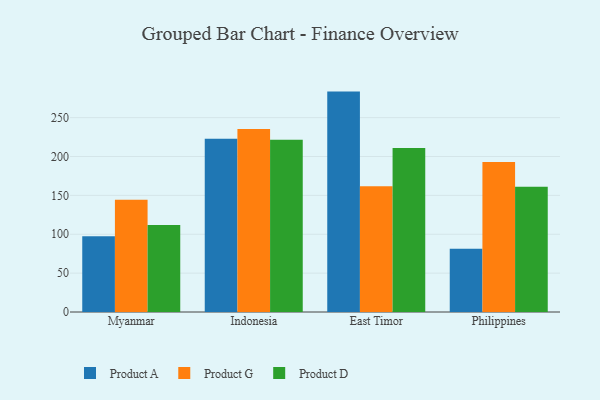
{"axis": {"x": "Country", "y": "Demand Index"}, "legend": ["Product A", "Product D", "Product G"], "data": [{"x": "Myanmar", "y": 97.3, "type": "Product A"}, {"x": "Myanmar", "y": 144.4, "type": "Product G"}, {"x": "Myanmar", "y": 111.8, "type": "Product D"}, {"x": "Indonesia", "y": 222.9, "type": "Product A"}, {"x": "Indonesia", "y": 235.5, "type": "Product G"}, {"x": "Indonesia", "y": 221.7, "type": "Product D"}, {"x": "East Timor", "y": 283.5, "type": "Product A"}, {"x": "East Timor", "y": 161.6, "type": "Product G"}, {"x": "East Timor", "y": 210.8, "type": "Product D"}, {"x": "Philippines", "y": 81.2, "type": "Product A"}, {"x": "Philippines", "y": 192.9, "type": "Product G"}, {"x": "Philippines", "y": 161.1, "type": "Product D"}]}